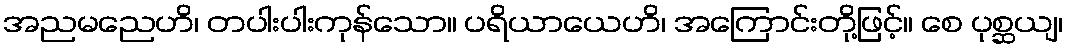
အညမညေဟိ၊ တပါးပါးကုန်သော။ ပရိယာယေဟိ၊ အကြောင်းတို့ဖြင့်။ စေ ပုစ္ဆယျ၊